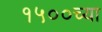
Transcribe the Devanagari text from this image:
१५००च्या